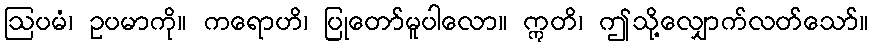
ဩပမံ၊ ဥပမာကို။ ကရောဟိ၊ ပြုတော်မူပါလော။ ဣတိ၊ ဤသို့လျှောက်လတ်သော်။